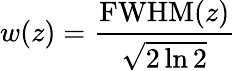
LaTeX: w(z)={\frac{{\mathrm{FWHM}}(z)}{\sqrt{2\ln 2}}}